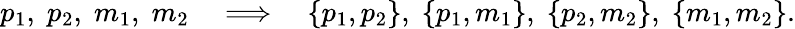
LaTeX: p_{1},\; p_{2},\; m_{1},\; m_{2}\quad\Longrightarrow\quad\{ p_{1},p_{2}\} ,\; \{ p_{1},m_{1}\} ,\; \{ p_{2},m_{2}\} ,\; \{ m_{1},m_{2}\} .